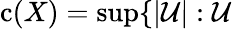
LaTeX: \mathrm{{c}}(X)=\operatorname*{sup}\{ |{\mathcal{U}}|:{\mathcal{U}}